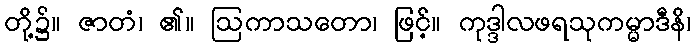
တို့၌။ ဇာတံ၊ ၏။ ဩကာသတော၊ ဖြင့်။ ကုဒ္ဒါလဖရသုကမ္မာဒီနိ၊